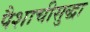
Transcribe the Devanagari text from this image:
पैशाचीसुद्धा